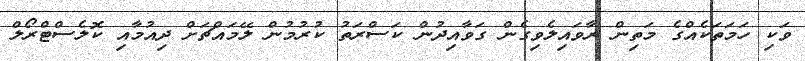
ވަކި ހަމަތަކެއްގެ މަތިން ރާވައިލެވިގެން ގަވާއިދުން ކަސްރަތު ކުރުމުން ލޭމައްޗަށް ދިއުމާއި ކޮލެސްޓްރޯލް